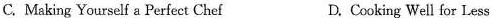
C. Making Yourself a Perfect Chef D.Cooking Well for Less